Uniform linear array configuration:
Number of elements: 4
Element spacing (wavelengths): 0.75
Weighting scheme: hamming
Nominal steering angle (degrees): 30
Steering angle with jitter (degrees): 30.769
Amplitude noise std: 0.05
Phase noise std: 0.05

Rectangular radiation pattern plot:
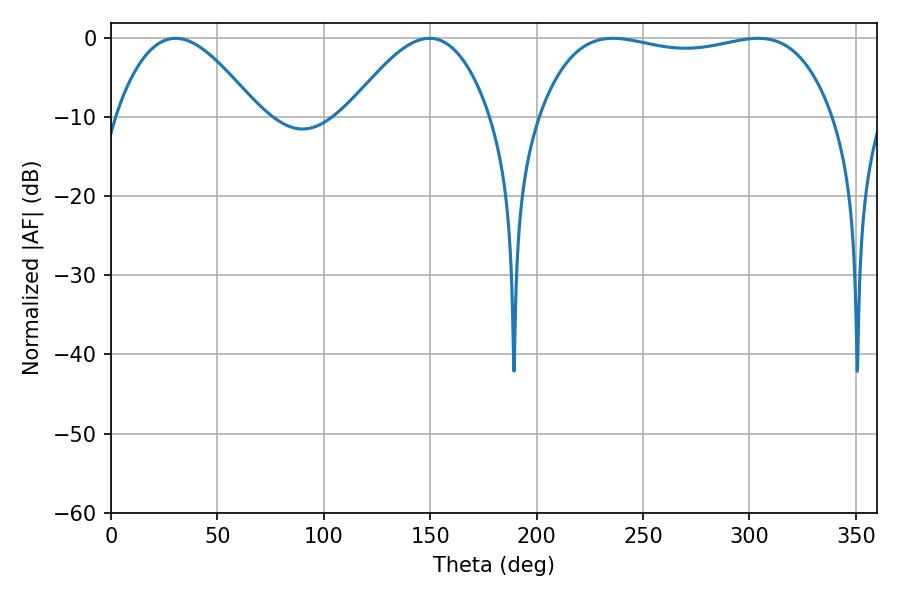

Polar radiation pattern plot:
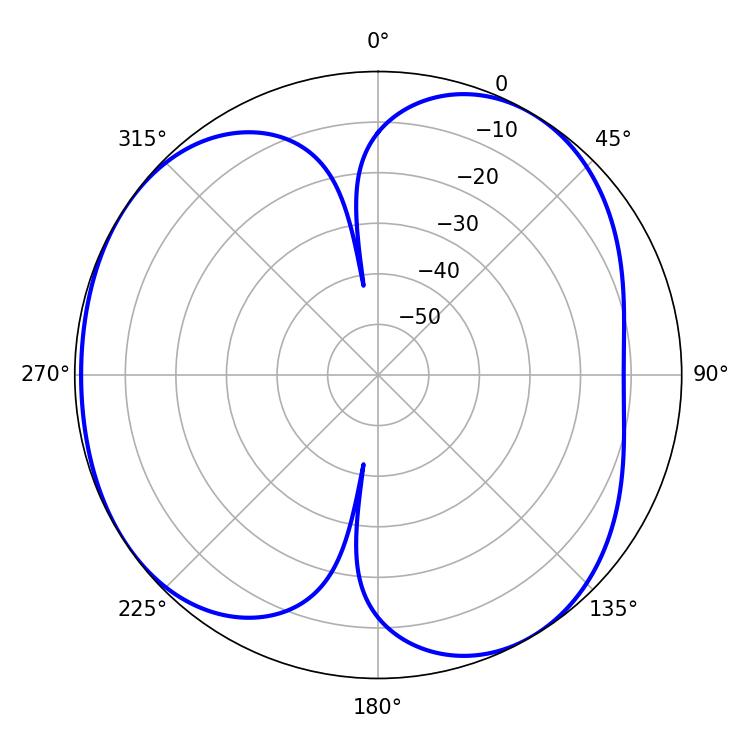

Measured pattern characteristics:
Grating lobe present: TRUE
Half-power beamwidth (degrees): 111.24
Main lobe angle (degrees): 235.98